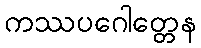
ကဿပဂေါတ္တေန